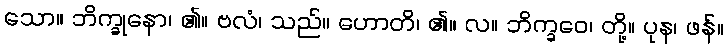
သော။ ဘိက္ခုနော၊ ၏။ ဗလံ၊ သည်။ ဟောတိ၊ ၏။ လ။ ဘိက္ခဝေ၊ တို့။ ပုန၊ ဖန်။